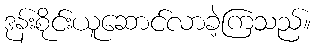
ဒုန်းစိုင်းယူဆောင်လာခဲ့ကြသည်။